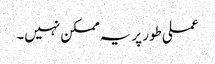
عملی طور پر یہ ممکن نہیں۔